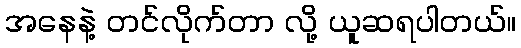
အနေနဲ့ တင်လိုက်တာ လို့ ယူဆရပါတယ်။